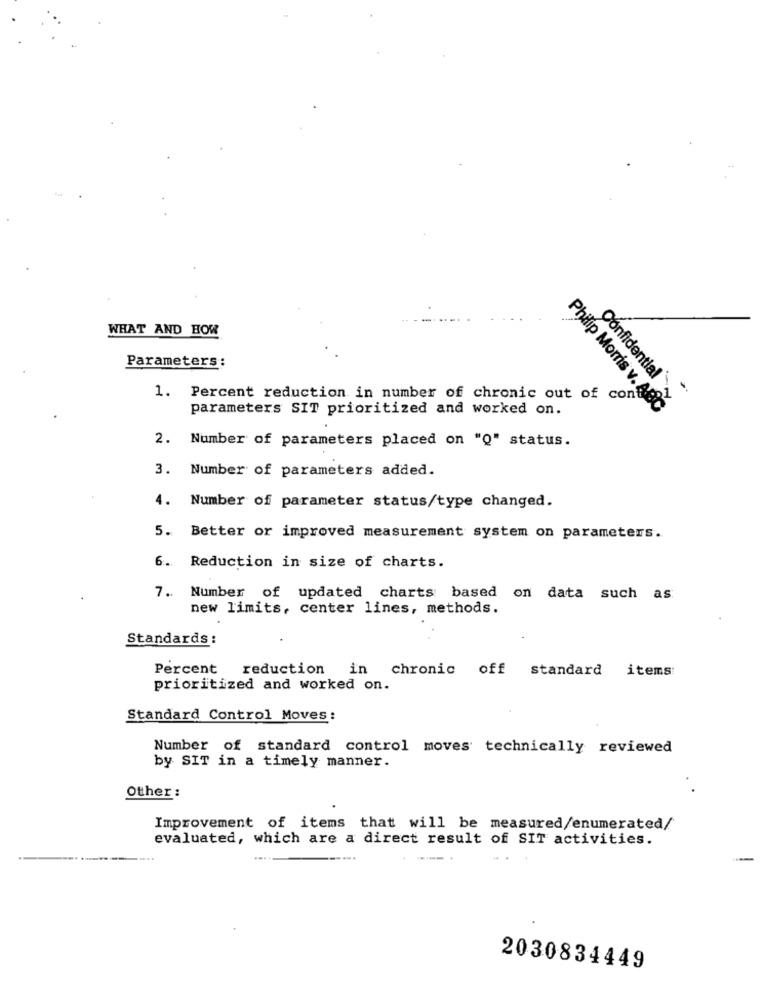
WHAT AND HOW
Parameters:
Confidential
1. Percent reduction in number of chronic out of cont
parameters SIT prioritized and worked on.
Philip Morris v. ABC
2. Number of parameters placed on "Q" status.
3. Number of parameters added.
4. Number of parameter status/type changed.
5. Better or improved measurement system on parameters.
6. Reduction in size of charts.
7. Number of updated charts based
on data such as
new limits, center lines, methods.
Standards :
Percent reduction in chronic off standard items
prioritized and worked on.
Standard Control Moves:
Number of standard control moves technically reviewed
by SIT in a timely manner.
Other :
Improvement of items that will be measured/enumerated/
evaluated, which are a direct result of SIT activities.
2030834449